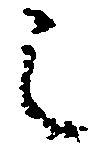
之